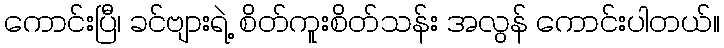
ကောင်းပြီ၊ ခင်ဗျားရဲ့ စိတ်ကူးစိတ်သန်း အလွန် ကောင်းပါတယ်။